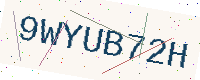
Text: 9WYUB72H